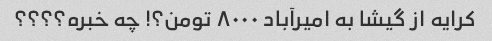
کرایه از گیشا به امیرآباد ۸۰۰۰ تومن؟! چه خبره؟؟؟؟